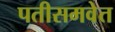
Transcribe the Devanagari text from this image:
पतीसमवेत